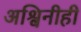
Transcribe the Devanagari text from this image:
अश्विनीही